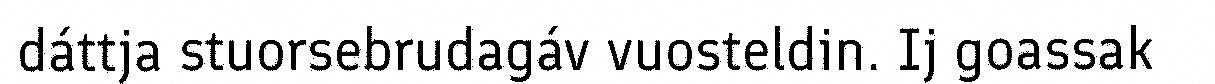
dáttja stuorsebrudagáv vuosteldin. Ij goassak